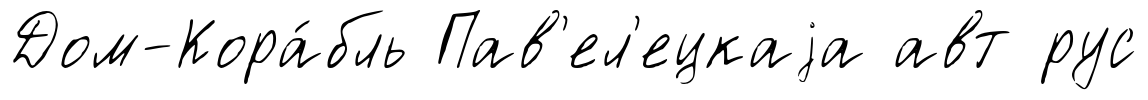
Дом-Кора́бль Пав'ел'ецкаjа авт рус